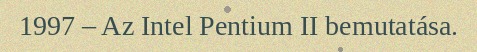
1997 – Az Intel Pentium II bemutatása.